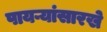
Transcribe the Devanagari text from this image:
पायऱ्यांसारखे